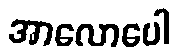
အာလောပေါ